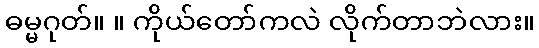
ဓမ္မဂုတ်။ ။ ကိုယ်တော်ကလဲ လိုက်တာဘဲလား။